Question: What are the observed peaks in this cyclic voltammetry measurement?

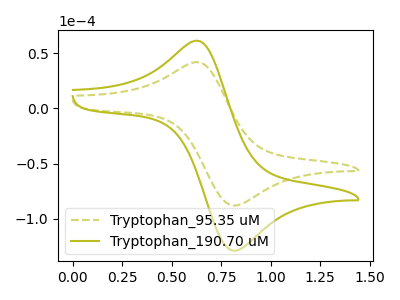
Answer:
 <answer>The olive dashed curve "Tryptophan_95.35 uM" has an anodic peak at (0.65V, 41.45uA) and a cathodic peak at (0.80V, -88.10uA). The olive curve "Tryptophan_190.70 uM" has an anodic peak at (0.65V, 60.70uA) and a cathodic peak at (0.80V, -128.95uA).</answer>
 <eval></eval>